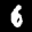
Label: 6